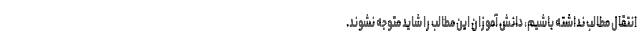
انتقال مطالب نداشته باشیم، دانش آموزان این مطالب را شاید متوجه نشوند.